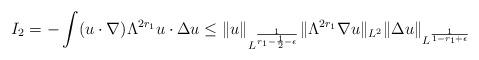
LaTeX: \begin{align*}I_{2} = -\int (u\cdot\nabla) \Lambda^{2r_{1}} u \cdot \Delta u\leq \lVert u\rVert_{L^{\frac{1}{r_{1} - \frac{1}{2} - \epsilon}}}\lVert \Lambda^{2r_{1}} \nabla u\rVert_{L^{2}} \lVert \Delta u\rVert_{L^{\frac{1}{1-r_{1} + \epsilon}}}\end{align*}